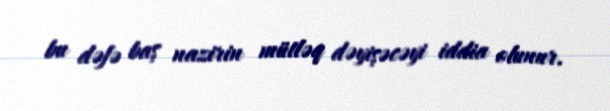
bu dəfə baş nazirin mütləq dəyişəcəyi iddia olunur.